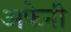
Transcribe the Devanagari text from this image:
अफेनी